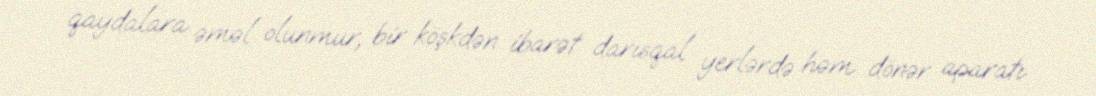
qaydalara əməl olunmur, bir köşkdən ibarət darısqal yerlərdə həm dönər aparatı